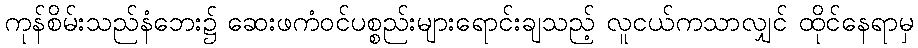
ကုန်စိမ်းသည်နံဘေး၌ ဆေးဖကံဝင်ပစ္စည်းများရောင်းချသည့် လူငယ်ကသာလျှင် ထိုင်နေရာမှ